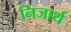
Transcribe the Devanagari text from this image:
निजार्थ